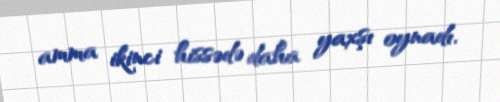
amma ikinci hissədə daha yaxşı oynadı.